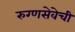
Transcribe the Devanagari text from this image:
रुग्णसेवेची